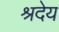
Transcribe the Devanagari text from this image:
श्रदेय